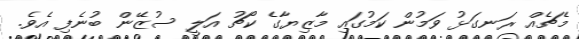
މެޗެއް ރަނގަޅު ވަމުން ކަމުގައި މާޒިޔާގެ ކޯޗު އަލީ ސުޒޭން ބުނެފި އެވެ.